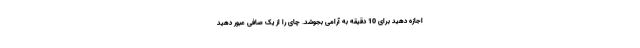
اجازه دهید برای 10 دقیقه به آرامی بجوشد. چای را از یک صافی عبور دهید